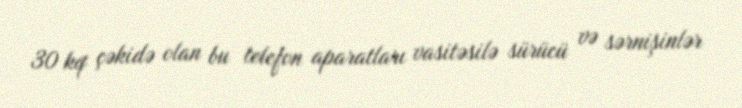
30 kq çəkidə olan bu telefon aparatları vasitəsilə sürücü və sərnişinlər